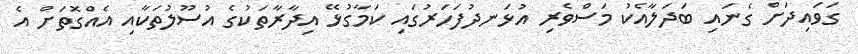
ގަވައިދަށް ގެނައި ބަދަލާއެކު މަސްވެރި އުޅަނދުފަހަރުގައި ކަމާގުޅޭ އިދާރާތަކުގެ އުސޫލުތަކާއި އެއްގޮތަށް އެ